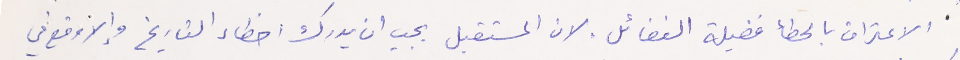
الاعتراف بالخطأ فضيلة الفضائل. لان المستقبل يجب ان يدرك اخطاء التاريخ وإلا وقع في